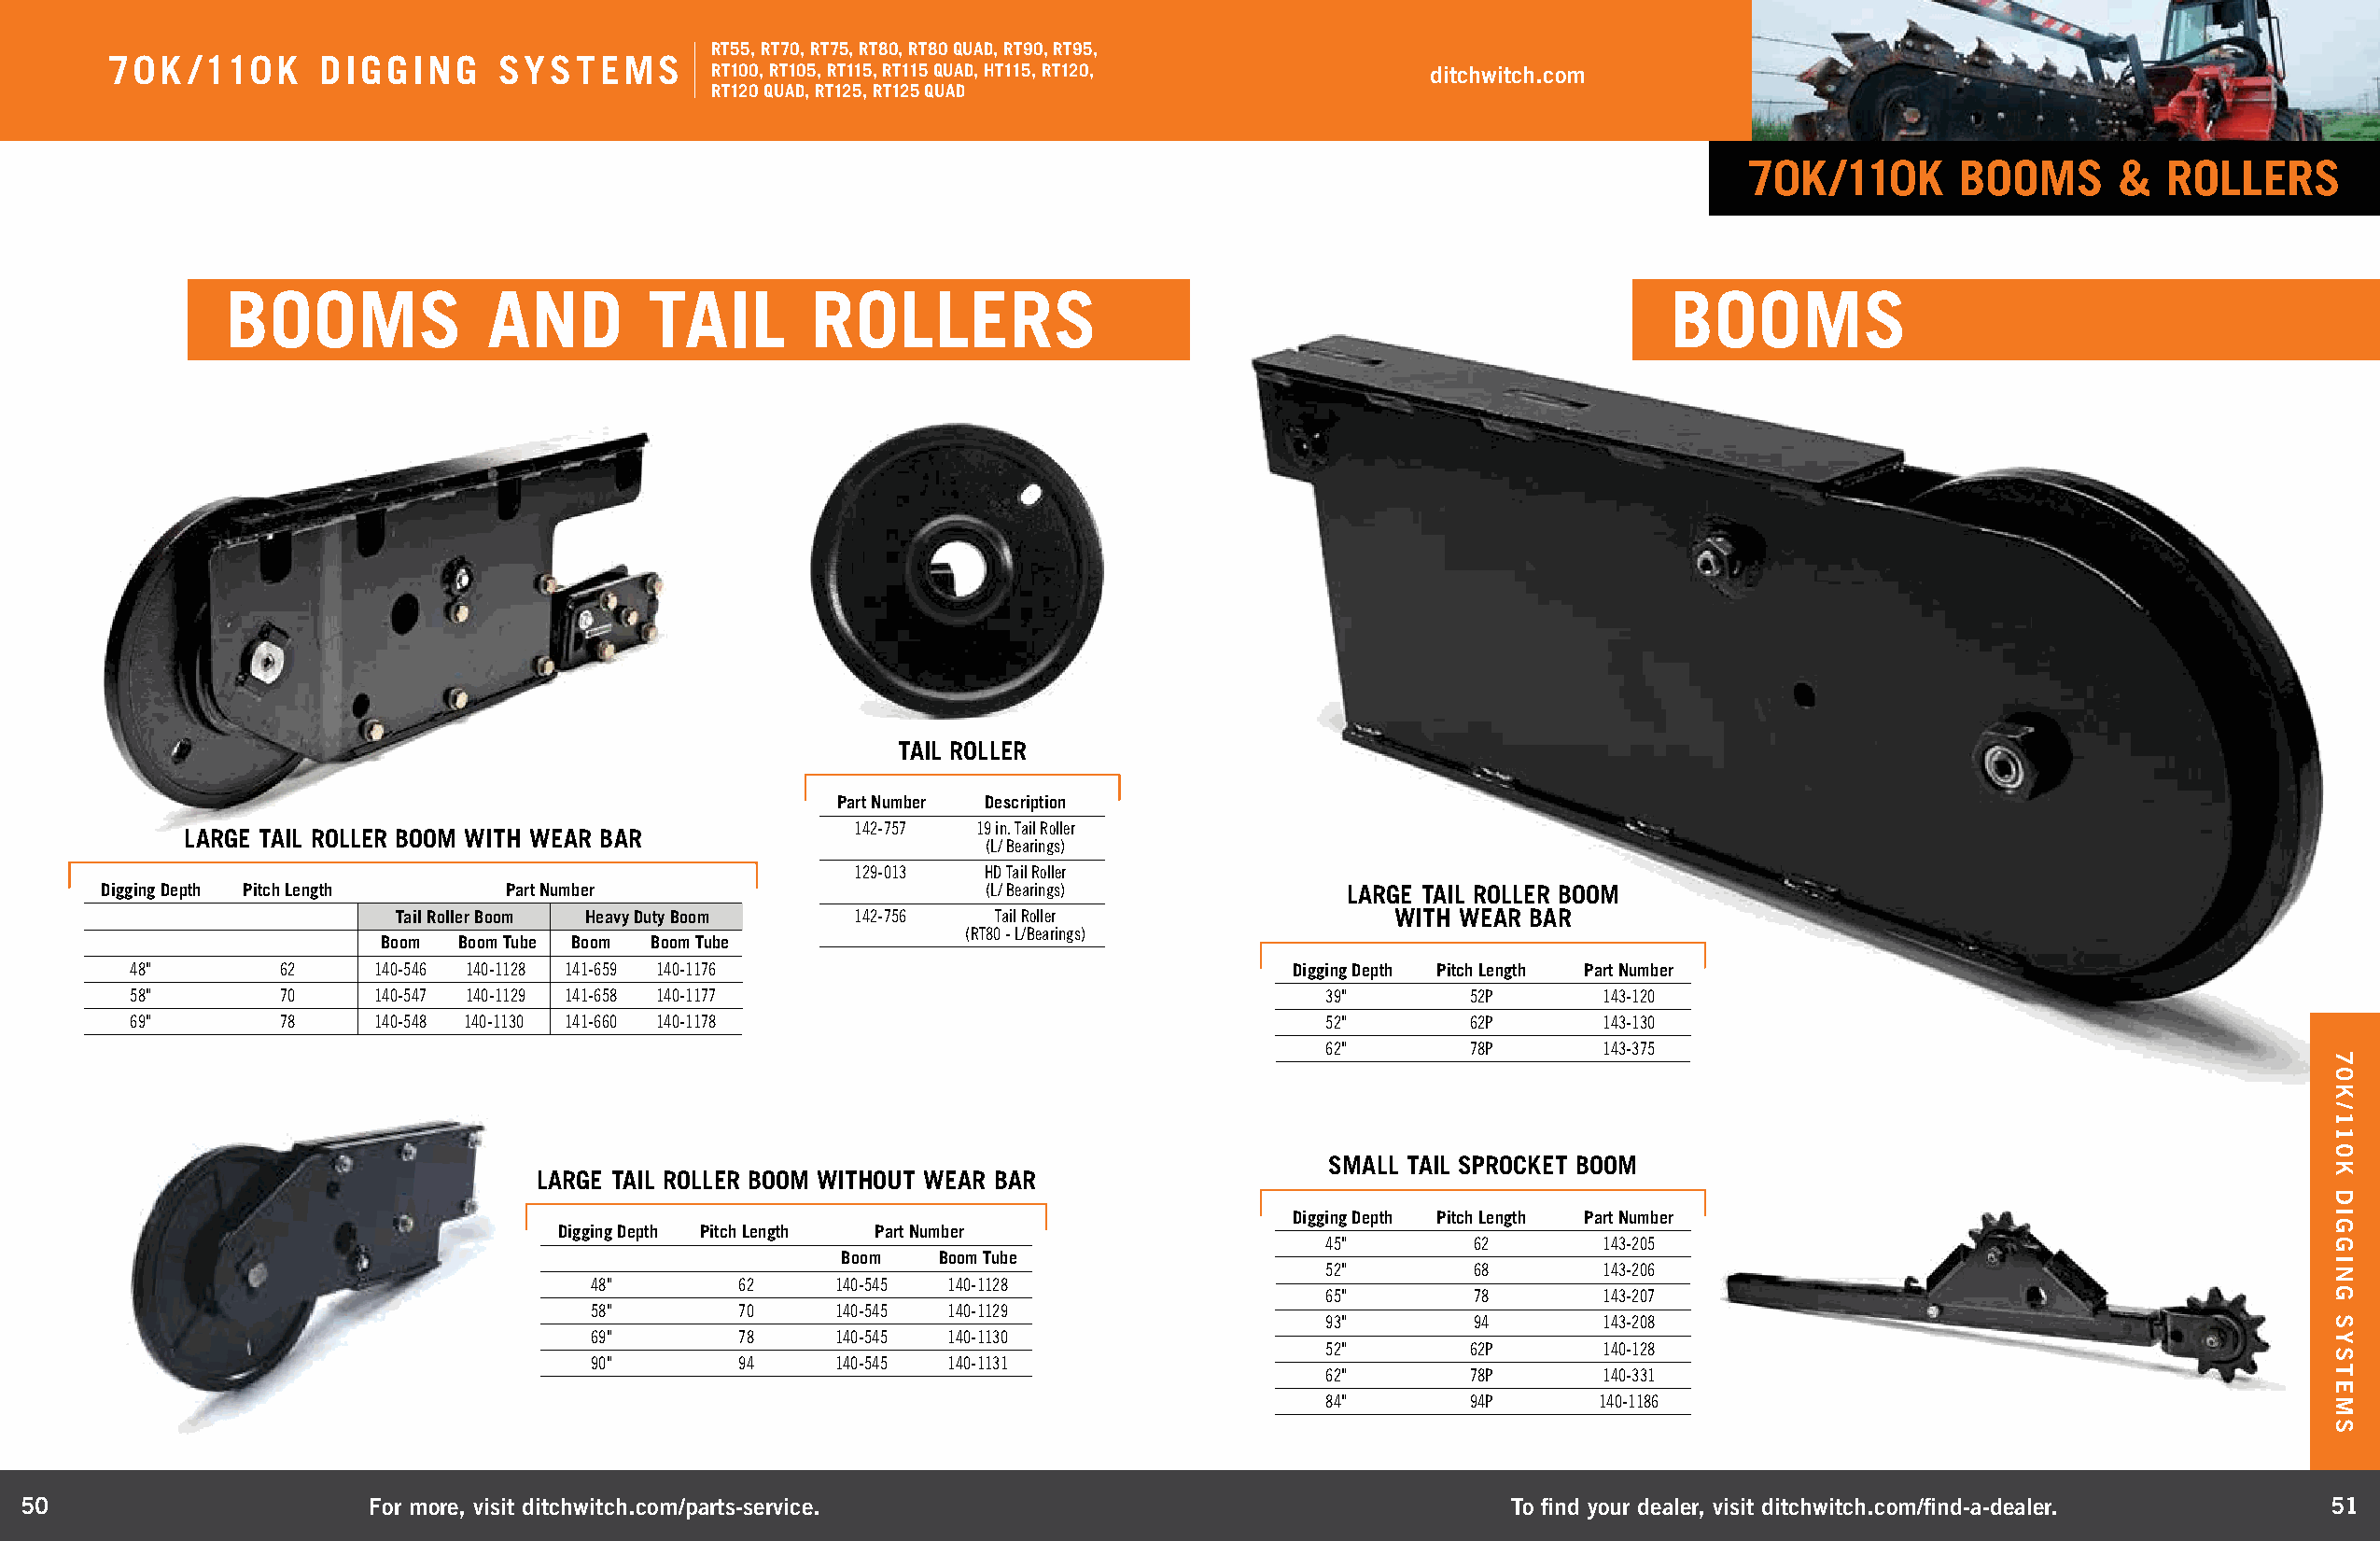
RT55, RT70, RT75, RT80, RT80 QUAD, RT90, RT95,
 70K  /110K     DIGGING     SYSTEMS
 RT100, RT105, RT115, RT115 QUAD, HT115, RT120,     ditchwitch.com
 RT120 QUAD, RT125, RT125 QUAD
 70K/110K       BOOMS      &   ROLLERS
 BOOMS              AND        TAIL        ROLLERS                                                     BOOMS
 TAIL ROLLER
 Part Number Description
 142-757 19 in. Tail Roller
 LARGE TAIL ROLLER BOOM WITH WEAR BAR
 (L/ Bearings)
 129-013  HD Tail Roller
 Digging Depth Pitch Length   Part Number                       (L/ Bearings)             LARGE TAIL ROLLER BOOM
 Tail Roller Boom Heavy Duty Boom 142-756   Tail Roller                 WITH WEAR BAR
 (RT80 - L/Bearings)
 Boom  Boom Tube Boom Boom Tube
 48"        62     140-546 140-1128 141-659 140-1176                                Digging Depth Pitch Length Part Number
 58"        70     140-547 140-1129 141-658 140-1177                                  39"       52P       143-120
 69"        78     140-548 140-1130 141-660 140-1178                                  52"       62P       143-130
 62"       78P       143-375
 SMALL TAIL SPROCKET BOOM
 LARGE TAIL ROLLER BOOM WITHOUT WEAR BAR
 Digging Depth Pitch Length Part Number
 Digging Depth Pitch Length Part Number
 45"        62       143-205
 Boom   Boom Tube
 52"        68       143-206
 48"       62     140-545 140-1128
 65"        78       143-207
 58"       70     140-545 140-1129
 93"        94       143-208
 69"       78     140-545 140-1130
 52"       62P       140-128
 90"       94     140-545 140-1131
 62"       78P       140-331
 84"       94P      140-1186
 50                       For more, visit ditchwitch.com/parts-service.                                    To find your dealer, visit ditchwitch.com/find-a-dealer.  51
 70K/110K
 DIGGING
 SYSTEMS